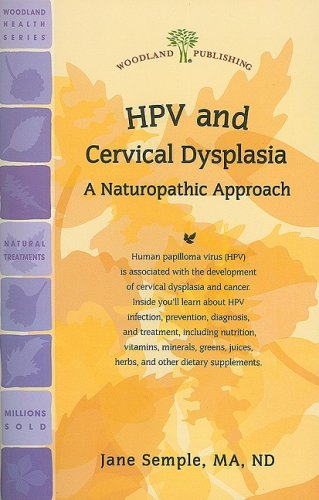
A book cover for HPV and Cervical Dysplasia: A Naturopathic Approach (Woodland Health Series); Jane Semple MA ND; Health, Fitness & Dieting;